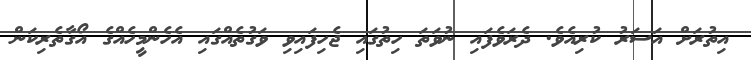
އިތުރަށް އަސަރު ކުރިއެވެ. ދެރަވެފައި ނުވަތަ ހިތުގައި ޖެހިފައިވި ވަގުތެއްގައި އެހެންމީހެއްގެ އޯގާތެރިކަން